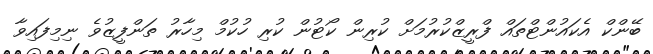
ބޭންކް އެކައުންޓްތައް ފްރީޒްކުރުމަށް ކުރިން ކޯޓުން ކުރި ހުކުމް މިހާރު ތަންފީޒުވެ ނިމިފައިވާ